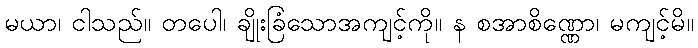
မယာ၊ ငါသည်။ တပေါ၊ ချိုးခြံသောအကျင့်ကို။ န စအာစိဏ္ဏော၊ မကျင့်မိ။